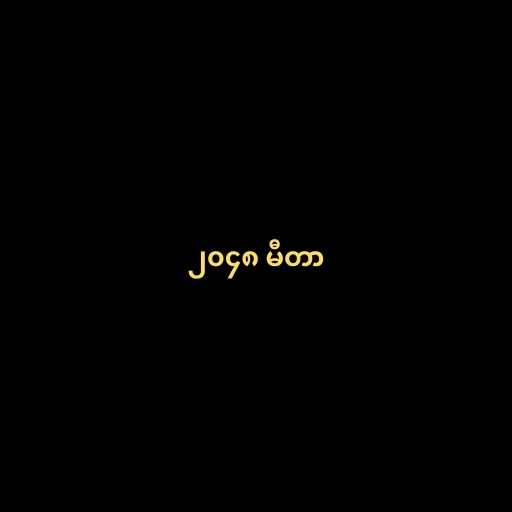
၂၀၄၈ မီတာ